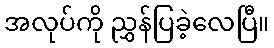
အလုပ်ကို ညွှန်ပြခဲ့လေပြီ။